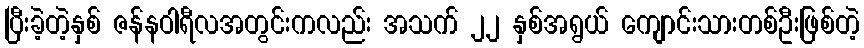
ပြီးခဲ့တဲ့နှစ် ဇန်နဝါရီလအတွင်းကလည်း အသက် ၂၂ နှစ်အရွယ် ကျောင်းသားတစ်ဦးဖြစ်တဲ့